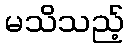
မသိသည့်